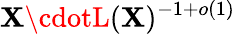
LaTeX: \mathbf{X}\cdotL(\mathbf{X})^{-1+o(1)}